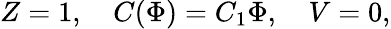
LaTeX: Z=1,\ \ \ \ C(\Phi)=C_{1}\Phi,\ \ \ \ V=0,